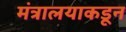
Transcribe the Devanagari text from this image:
मंत्रालयाकडून